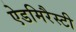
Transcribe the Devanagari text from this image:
ऐडमिरैस्टी